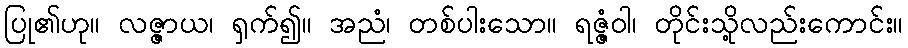
ပြု၏ဟု။ လဇ္ဇာယ၊ ရှက်၍။ အညံ၊ တစ်ပါးသော။ ရဇ္ဇံဝါ၊ တိုင်းသို့လည်းကောင်း။